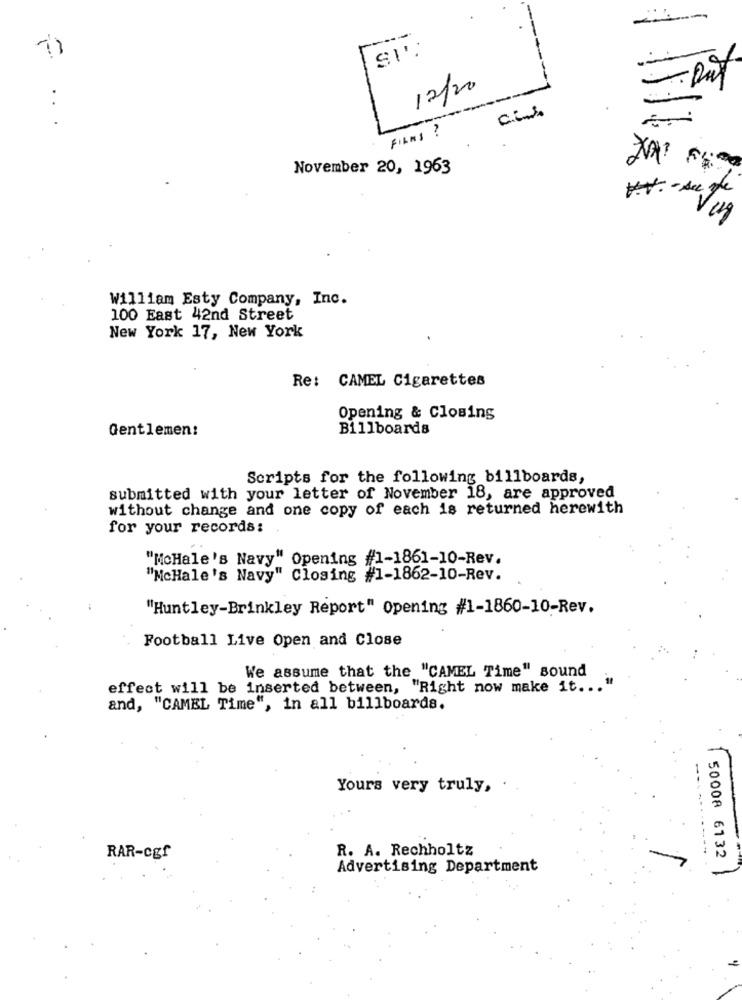
--
-----
12/20
---
C.L ...
...
FILMS ?
November 20, 1963
Vug
William Esty Company, Inc.
100 East 42nd Street
New York 17, New York
Re: CAMEL Cigarettes
Opening & Closing
Gentlemen:
Billboards
Scripts for the following billboards,
submitted with your letter of November 18, are approved
without change and one copy of each is returned herewith
for your records:
"MoHale's Navy" Opening #1-1861-10-Rev.
"McHale's Navy" Closing #1-1862-10-Rev.
"Huntley-Brinkley Report" Opening #1-1860-10-Rev.
Football Live Open and Close
We assume that the "CAMEL Time" sound
effect will be inserted between, "Right now make it ... "
and, "CAMEL Time", in all billboards.
Yours very truly,
---
R. A. Rechholtz
RAR-cgf
50008 6132
Advertising Department